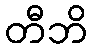
တီဘိ